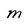
Character: M